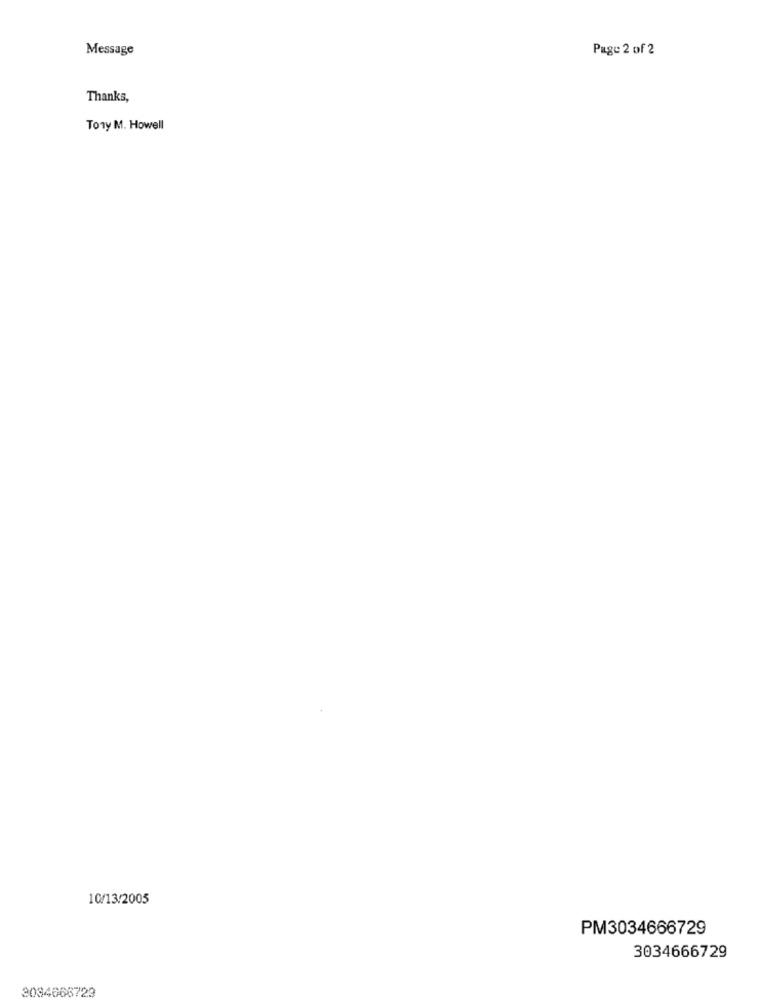
Message
Page 2 of 2
Thanks,
Tony M. Howell
10/13/2005
PM3034666729
3034666729
2084666729